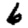
Digit: 6